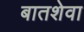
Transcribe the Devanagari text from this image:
बातशेवा